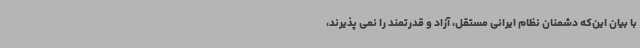
با بیان این‌که دشمنان نظام ایرانی مستقل، آزاد و قدرتمند را نمی پذیرند،